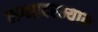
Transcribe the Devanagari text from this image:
लग्नादरम्यान